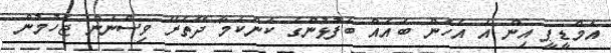
އެމްޑީޕީ އިން އެ އެހެން ބައެއް ބެފުޅުންގެ ކަންކަމާ ދޭތެރޭ ވިސްނަން ޖެހުމުން